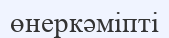
өнеркәміпті